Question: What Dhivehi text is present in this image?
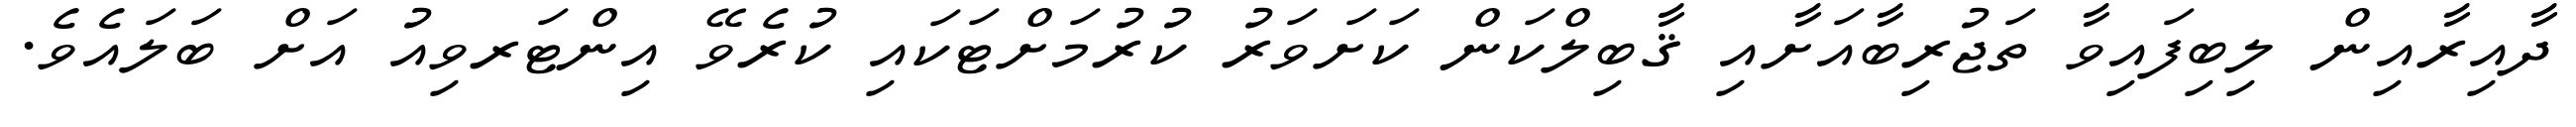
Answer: ދާއިރާއިން ލިބިފައިވާ ތަޖުރިބާއަށާއި ޤާބިލްކަން ކަށަވަރު ކުރުމަށްޓަކައި ކުރެވޭ އިންޓަރވިއު އަށް ބަލައެވެ.